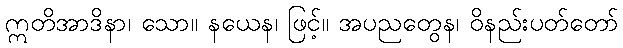
ဣတိအာဒိနာ၊ သော။ နယေန၊ ဖြင့်။ အပညတွေန၊ ဝိနည်းပတ်တော်